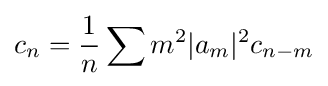
c_{n}={1 \over n}\sum m^{2}|a_{m}|^{2}c_{n-m}